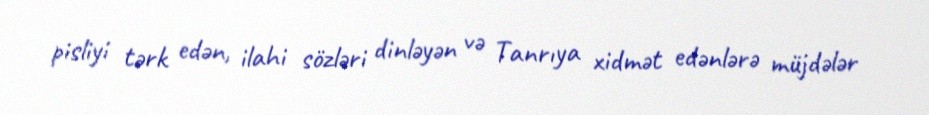
pisliyi tərk edən, ilahi sözləri dinləyən və Tanrıya xidmət edənlərə müjdələr